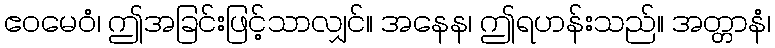
ဧဝမေဝံ၊ ဤအခြင်းဖြင့်သာလျှင်။ အနေန၊ ဤရဟန်းသည်။ အတ္တာနံ၊